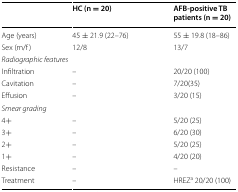
|  | HC (n = 20) | AFB-positive TB patients (n = 20) |
 | --- | --- | --- |
 | Age (years) | 45 ± 21.9 (22–76) | 55 ± 19.8 (18–86) |
 | Sex (m/f) | 12/8 | 13/7 |
 | <COLSPAN=3> Radiographic features |
 | Infiltration | – | 20/20 (100) |
 | Cavitation | – | 7/20(35) |
 | Effusion | – | 3/20 (15) |
 | <COLSPAN=3> Smear grading |
 | 4+ | – | 5/20 (25) |
 | 3+ | – | 6/20 (30) |
 | 2+ | – | 5/20 (25) |
 | 1+ | – | 4/20 (20) |
 | Resistance | – | – |
 | Treatment | – | HREZa 20/20 (100) |